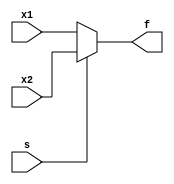
module figure2_42(x1, x2, s, f);
  input x1, x2, s;
  output f;
  reg f;

  always @(x1 or x2 or s)
    if (s==0)
      f = x1;
    else
      f = x2;
endmodule